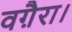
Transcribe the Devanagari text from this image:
वग़ैरा।